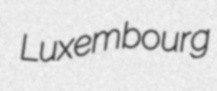
Luxembourg